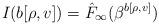
LaTeX: \begin{align*}I(b[\rho,v]) = \hat F_\infty (\beta^{b[\rho,v]})\end{align*}